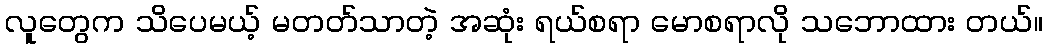
လူတွေက သိပေမယ့် မတတ်သာတဲ့ အဆုံး ရယ်စရာ မောစရာလို သဘောထား တယ်။